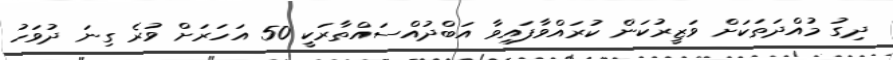
ދިގު މުއްދަތަކަށް ވަޒީރުކަން ކުރައްވާފައިވާ އަބްދުއްސައްތާރަކީ 50 އަހަރަށް ވުރެ ގިނަ ދުވަހު